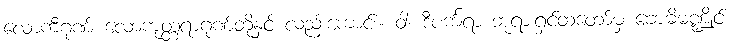
လောကီဂုဏ် လောကုတ္တရာဂုဏ်တို့နှင့် လည်းကောင်း။ ဝါ၊ ဒီပင်္ကရာ ဘုရားရှင်ထံတော်မှ ဗောဓိမဏ္ဍိုင်